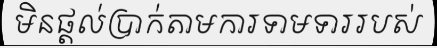
មិនផ្តល់ប្រាក់តាមការទាមទាររបស់